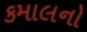
કમાલનો